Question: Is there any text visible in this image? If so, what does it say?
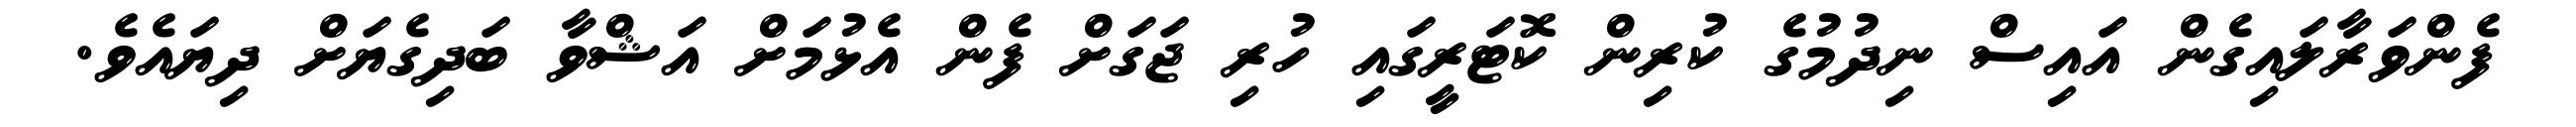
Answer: ފެންވަރާލައިގެން އައިސް ނިދުމުގެ ކުރިން ކޮޓަރީގައި ހުރި ޖަގަށް ފެން އެޅުމަށް އަޝްވާ ބަދިގެޔަށް ދިޔައެވެ.